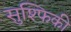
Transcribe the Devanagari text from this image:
सुश्फिकी